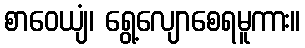
စာဝေယျံ၊ ရွေ့လျောစေရမူကား။